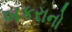
બકરાનો